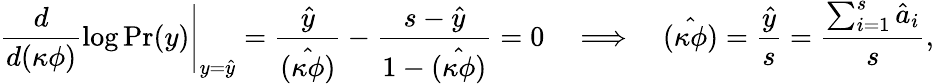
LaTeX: \left.\frac{d}{d(\kappa\phi)}\log\mathrm{Pr}(y)\right|_{y=\hat{y}}=\frac{\hat{y}}{\hat{(\kappa\phi)}}-\frac{s-\hat{y}}{1-\hat{(\kappa\phi)}}=0\quad\Longrightarrow\quad\hat{(\kappa\phi)}=\frac{\hat{y}}{s}=\frac{\sum_{i=1}^{s}\hat{a}_{i}}{s},